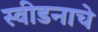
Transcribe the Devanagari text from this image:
स्वीडनाचे